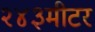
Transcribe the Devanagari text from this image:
२४३मीटर